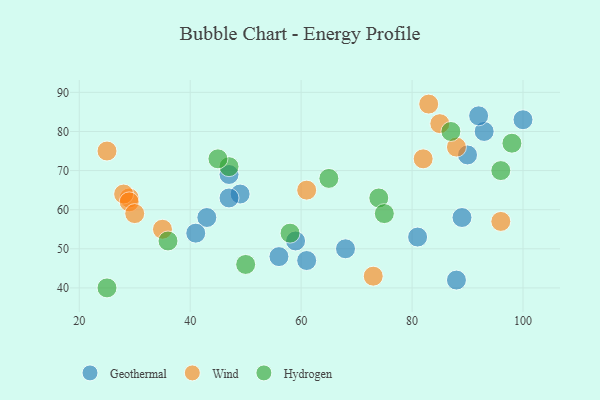
{"axis": {"x": "GDP", "y": "Life Expectancy"}, "legend": ["Geothermal", "Hydrogen", "Wind"], "data": [{"x": "93", "y": 80, "type": "Geothermal"}, {"x": "56", "y": 48, "type": "Geothermal"}, {"x": "43", "y": 58, "type": "Geothermal"}, {"x": "47", "y": 69, "type": "Geothermal"}, {"x": "49", "y": 64, "type": "Geothermal"}, {"x": "100", "y": 83, "type": "Geothermal"}, {"x": "89", "y": 58, "type": "Geothermal"}, {"x": "61", "y": 47, "type": "Geothermal"}, {"x": "92", "y": 84, "type": "Geothermal"}, {"x": "59", "y": 52, "type": "Geothermal"}, {"x": "81", "y": 53, "type": "Geothermal"}, {"x": "41", "y": 54, "type": "Geothermal"}, {"x": "88", "y": 42, "type": "Geothermal"}, {"x": "47", "y": 63, "type": "Geothermal"}, {"x": "68", "y": 50, "type": "Geothermal"}, {"x": "90", "y": 74, "type": "Geothermal"}, {"x": "85", "y": 82, "type": "Wind"}, {"x": "82", "y": 73, "type": "Wind"}, {"x": "61", "y": 65, "type": "Wind"}, {"x": "25", "y": 75, "type": "Wind"}, {"x": "29", "y": 63, "type": "Wind"}, {"x": "88", "y": 76, "type": "Wind"}, {"x": "35", "y": 55, "type": "Wind"}, {"x": "96", "y": 57, "type": "Wind"}, {"x": "28", "y": 64, "type": "Wind"}, {"x": "83", "y": 87, "type": "Wind"}, {"x": "29", "y": 62, "type": "Wind"}, {"x": "73", "y": 43, "type": "Wind"}, {"x": "30", "y": 59, "type": "Wind"}, {"x": "74", "y": 63, "type": "Hydrogen"}, {"x": "50", "y": 46, "type": "Hydrogen"}, {"x": "47", "y": 71, "type": "Hydrogen"}, {"x": "25", "y": 40, "type": "Hydrogen"}, {"x": "58", "y": 54, "type": "Hydrogen"}, {"x": "45", "y": 73, "type": "Hydrogen"}, {"x": "75", "y": 59, "type": "Hydrogen"}, {"x": "96", "y": 70, "type": "Hydrogen"}, {"x": "65", "y": 68, "type": "Hydrogen"}, {"x": "87", "y": 80, "type": "Hydrogen"}, {"x": "36", "y": 52, "type": "Hydrogen"}, {"x": "98", "y": 77, "type": "Hydrogen"}]}